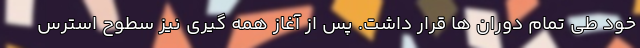
خود طی تمام دوران ها قرار داشت. پس از آغاز همه گیری نیز سطوح استرس